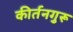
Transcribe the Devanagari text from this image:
कीर्तनगुरू